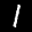
Label: 1